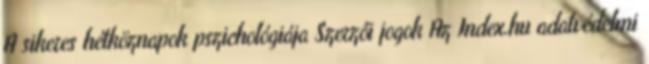
A sikeres hétköznapok pszichológiája Szerzői jogok Az Index.hu adatvédelmi